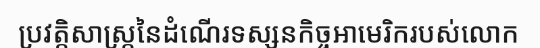
ប្រវត្តិសាស្ត្រនៃដំណើរទស្សនកិច្ចអាមេរិករបស់លោក